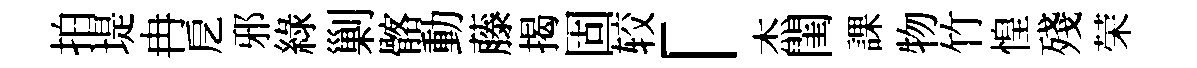
拍堤冉戹邪綠剿髂動藤揭固较「杰閨課物竹惶殘荣